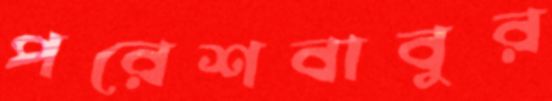
পরেশবাবুর